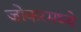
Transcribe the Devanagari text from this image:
जोकरमध्ये